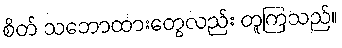
စိတ် သဘောထားတွေလည်း တူကြသည်။